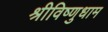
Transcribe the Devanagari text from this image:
श्रीविष्णुधाम